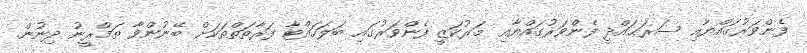
ފެންވަރުގައްޔާއި ސަރަޙައްދީ ފެންވަރުގައްޔާއި މަރުކަޒީ ފެންވަރުގައި ބަލަހައްޓާ ފަރާތަތްތަކަށް ބޭނުންވާ ތަމްރީނު ދިނުން.